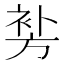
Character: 𲀪